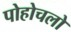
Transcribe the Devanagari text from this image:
पोहोचलो